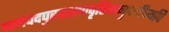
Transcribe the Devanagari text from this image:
जनपदपुररक्षणवृत्तिमनुपजीत्यपि